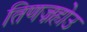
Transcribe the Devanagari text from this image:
तिणज़होउ